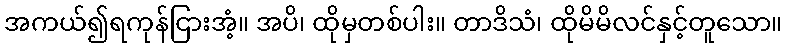
အကယ်၍ရကုန်ငြားအံ့။ အပိ၊ ထိုမှတစ်ပါး။ တာဒိသံ၊ ထိုမိမိလင်နှင့်တူသော။